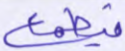
فيطمع